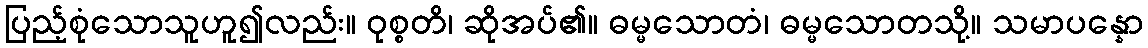
ပြည့်စုံသောသူဟူ၍လည်း။ ဝုစ္စတိ၊ ဆိုအပ်၏။ ဓမ္မသောတံ၊ ဓမ္မသောတသို့။ သမာပန္နော